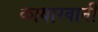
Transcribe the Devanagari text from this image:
कायारवानी